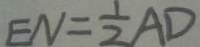
E N = \frac { 1 } { 2 } A D